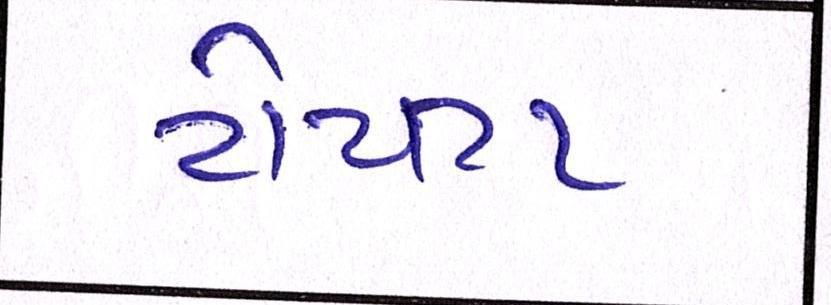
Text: ટોયટા